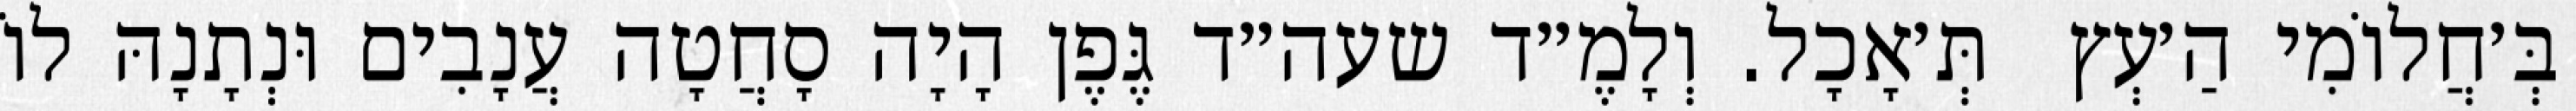
בְּ׳חֲלוֹמִי הַ׳עְץ  תְּ׳אָכָל. וְלָמֶ״ד שעה״ד גֶּפֶן הָיָה סָחֲטָה עֲנָבִים וּנְתָנָהּ לוֹ